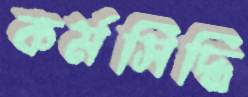
কর্মসিদ্ধি